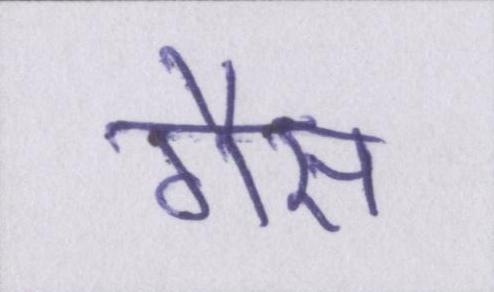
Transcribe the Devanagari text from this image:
गैस